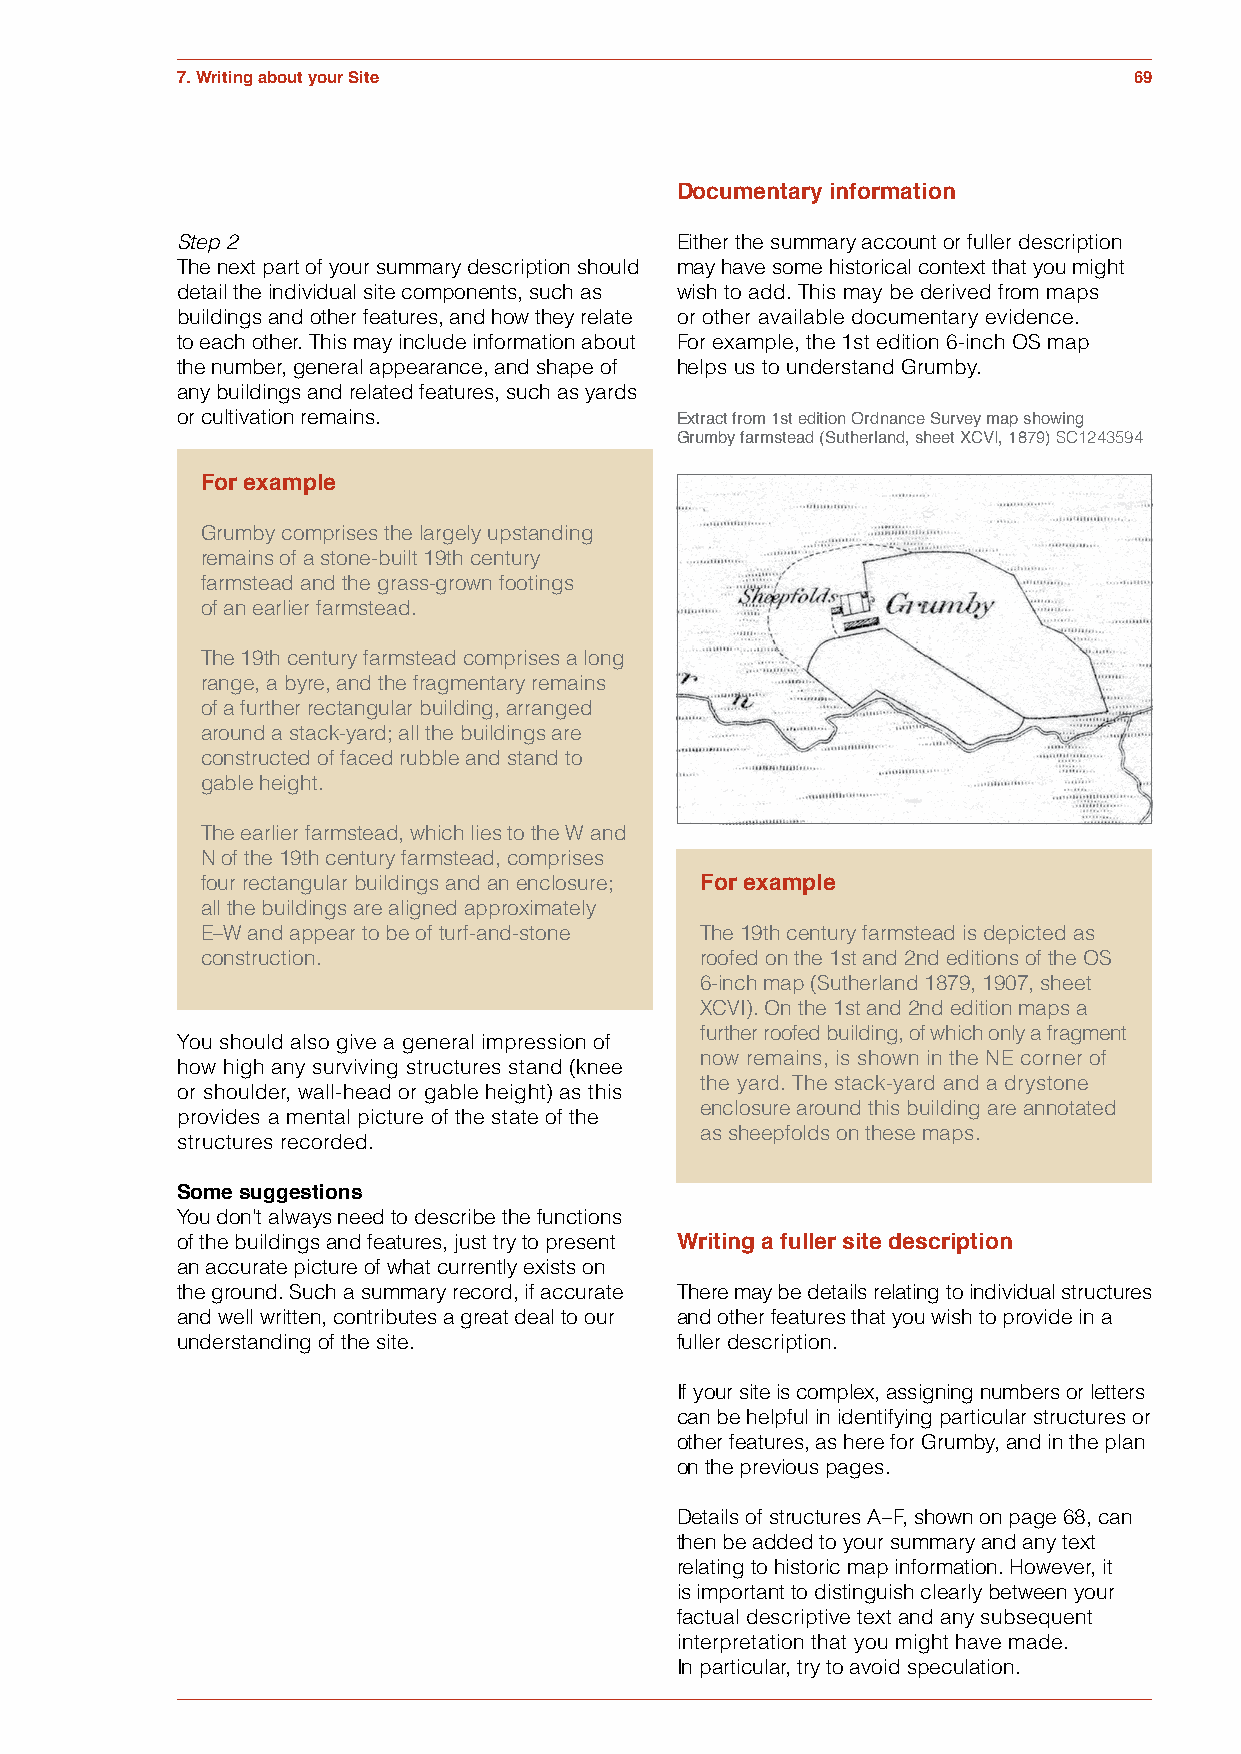
7. Writing about your Site                                     69
 Figure 7.4
 Documentary information
 Step 2                           Either the summary account or fuller description
 The next part of your summary description should may have some historical context that you might
 detail the individual site components, such as wish to add. This may be derived from maps
 buildings and other features, and how they relate or other available documentary evidence.
 to each other. This may include information about For example, the 1st edition 6-inch OS map
 the number, general appearance, and shape of helps us to understand Grumby.
 any buildings and related features, such as yards
 or cultivation remains.
 Extract from 1st edition Ordnance Survey map showing
 Grumby farmstead (Sutherland, sheet XCVI, 1879) SC1243594
 For example
 Grumby comprises the largely upstanding
 remains of a stone-built 19th century
 farmstead and the grass-grown footings
 of an earlier farmstead.
 The 19th century farmstead comprises a long
 range, a byre, and the fragmentary remains
 of a further rectangular building, arranged
 around a stack-yard; all the buildings are
 constructed of faced rubble and stand to
 gable height.
 The earlier farmstead, which lies to the W and
 N of the 19th century farmstead, comprises
 four rectangular buildings and an enclosure; For example
 all the buildings are aligned approximately
 E–W and appear to be of turf-and-stone The 19th century farmstead is depicted as
 construction.                    roofed on the 1st and 2nd editions of the OS
 6-inch map (Sutherland 1879, 1907, sheet
 XCVI). On the 1st and 2nd edition maps a
 further roofed building, of which only a fragment
 You should also give a general impression of
 now remains, is shown in the NE corner of
 how high any surviving structures stand (knee
 the yard. The stack-yard and a drystone
 or shoulder, wall-head or gable height) as this
 enclosure around this building are annotated
 provides a mental picture of the state of the
 as sheepfolds on these maps.
 structures recorded.
 Some suggestions
 You don’t always need to describe the functions
 of the buildings and features, just try to present Writing a fuller site description
 an accurate picture of what currently exists on
 the ground. Such a summary record, if accurate There may be details relating to individual structures
 and well written, contributes a great deal to our and other features that you wish to provide in a
 understanding of the site.       fuller description.
 If your site is complex, assigning numbers or letters
 can be helpful in identifying particular structures or
 other features, as here for Grumby, and in the plan
 on the previous pages.
 Details of structures A–F, shown on page 68, can
 then be added to your summary and any text
 relating to historic map information. However, it
 is important to distinguish clearly between your
 factual descriptive text and any subsequent
 interpretation that you might have made.
 In particular, try to avoid speculation.